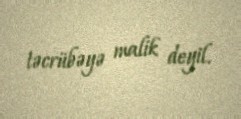
təcrübəyə malik deyil.